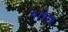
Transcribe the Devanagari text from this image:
१।१।४